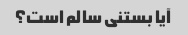
آیا بستنی سالم است؟